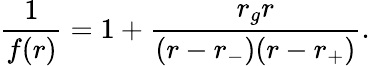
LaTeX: \frac{1}{f(r)}=1+\frac{r_{g}r}{(r-r_{-})(r-r_{+})}.